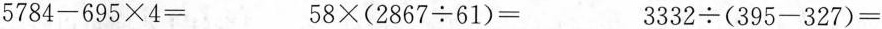
$$5 7 8 4 - 6 9 5 × 4 =$$ $$5 8 × ( 2 8 6 7 ÷ 6 1 ) =$$ $$3 3 3 2 ÷ ( 3 9 5 - 3 2 7 ) =$$